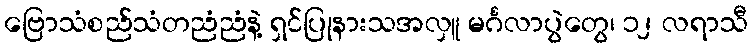
ဗြောသံစည်သံတညံညံနဲ့ ရှင်ပြုနားသအလှူ မင်္ဂလာပွဲတွေ၊ ၁၂ လရာသီ